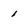
Character: 1